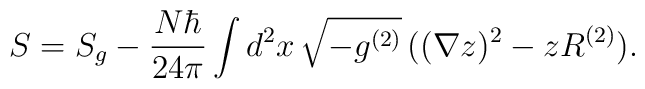
S=S_{g}-\frac{N\hbar}{24\pi} \int d^{2}x\,\sqrt{-g^{(2)}}\, ((\nabla z)^{2}-zR^{(2)}).